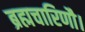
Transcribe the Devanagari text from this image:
ब्रह्मचारिणौ।